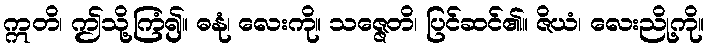
ဣတိ၊ ဤသို့ကြံ၍။ ဓနုံ၊ လေးကို။ သဇ္ဇေတိ၊ ပြင်ဆင်၏။ ဇိယံ၊ လေးညို့ကို။